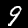
Label: 9